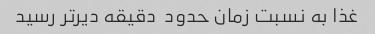
غذا به نسبت زمان حدود  دقیقه دیرتر رسید